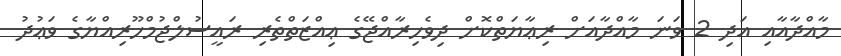
މާއްދާއާއި އަދި 2 ވަނަ މާއްދާއަށް ރިޢާޔަތްކޮށް ދިވެހިރާއްޖޭގެ ޢިއްޒަތްތެރި ރައީސުލްޖުމްހޫރިއްޔާގެ ވަޢުދު